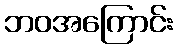
ဘဝအကြောင်း